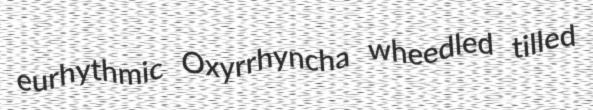
eurhythmic Oxyrrhyncha wheedled tilled